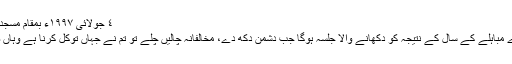
٤ جولائی ١٩٩٧ء بمقام مسجد بیت الاسلام ٹورنٹو، کینیڈا
یہ جلسہ وہ جلسہ جو ہمارے مباہلے کے سال کے نتیجہ کو دکھانے والا جلسہ ہوگا جب دشمن دکھ دے، مخالفانہ چالیں چلے تو تم نے جہاں توکل کرنا ہے وہاں صبر سے بھی کام لینا ہے۔